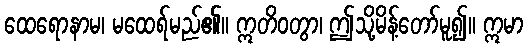
ထေရောနာမ၊ မထေရ်မည်၏။ ဣတိဝတွာ၊ ဤသို့မိန့်တော်မူ၍။ ဣမာ